Quinine and its salts - Number 41
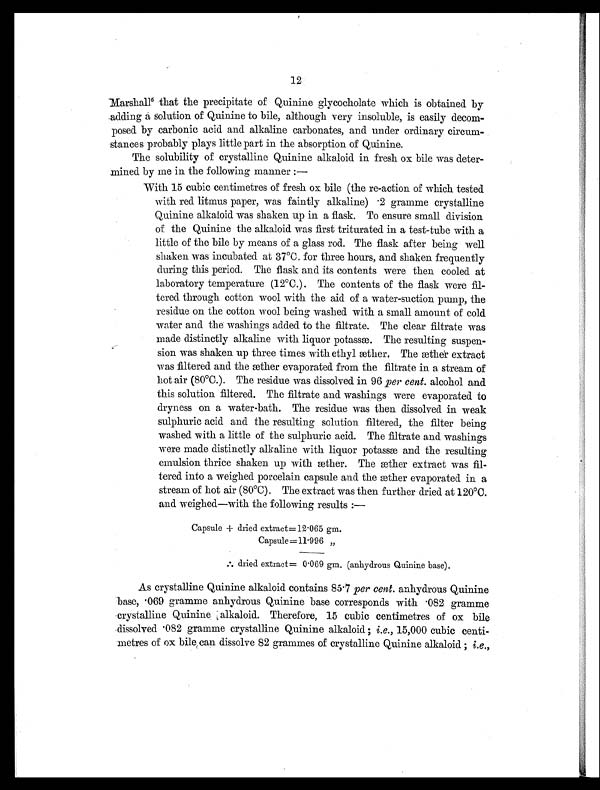
12
Marshall6 t h a t t h e p r e c i p i t a t e o f Q u i n i n e g l y c o c h o l a t e w h i c h i s o b t a i n e d b y
adding a solution of Quinine to bile, although very insoluble, is easily decom-
posed by carbonic acid and alkaline carbonates, and under ordinary circum-
stances probably plays little part in the absorption of Quinine.
The solubility of crystalline Quinine alkaloid in fresh ox bile was deter-
mined by me in the following manner:
—
With 15 cubic centimetres of fresh ox bile (the re-action of which tested
with red litmus paper, was faintly alkaline) .2 gramme crystalline
Quinine alkaloid was shaken up in a flask. To ensure small division
of the Quinine the alkaloid was first triturated in a test-tube with a
little of the bile by means of a glass rod. The flask after being well
shaken was incubated at 37°C. for three hours, and shaken frequently
during this period. The flask and its contents were then cooled at
laboratory temperature (12°C.). The contents of the flask were fil-
tered through cotton wool with the aid of a water-suction pump, the
residue on the cotton wool being washed with a small amount of cold
water and the washings added to the filtrate. The clear filtrate was
made distinctly alkaline with liquor potassæ. The resulting suspen-
sion was shaken up three times with ethyl æther. The æther extract
was filtered and the æther evaporated from the filtrate in a stream of
hot air (80°C.). The residue was dissolved in 96 per cent. alcohol and
this solution filtered. The filtrate and washings were evaporated to
dryness on a water-bath. The residue was then dissolved in weak
sulphuric acid and the resulting solution filtered, the filter being
washed with a little of the sulphuric acid. The filtrate and washings
were made distinctly alkaline with liquor potassæ and the resulting
emulsion thrice shaken up with æther. The æther extract was fil-
tered into a weighed porcelain capsule and the æther evaporated in a
stream of hot air (80°C). The extract was then further dried at 120°C.
and weighed—with the following results:—
Capsule + dried extract=12 .065 gm.
Capsule= 11 .9 9 6 ”
[ i l l ] d r i e d e x t r a c t = 0
.
0 6 9 g m . ( a n h y d r o u s Q u i n i n e b a s e ) .
As crystalline Quinine alkaloid contains 85.7 per cent. anhydrous Quinine
base, .069 gramme anhydrous Quinine base corresponds with .082 gramme
crystalline Quinine, alkaloid. Therefore, 15 cubic centimetres of ox bile
dissolved .082 gramme crystalline Quinine alkaloid; i.e., 15,000 cubic centi-
metres of ox bile can dissolve 82 grammes of crystalline Quinine alkaloid; i.e.,